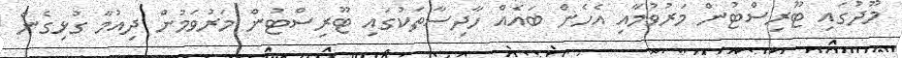
މޫދުގައި ޓޫރިސްޓުން މަރުވުމާއި އެހެން ބައެއް ހާދިސާތަކުގައި ޓޫރިސްޓުން މަރުވަމުން ދިއުމާ ގުޅިގެން